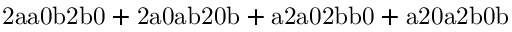
\mathrm { 2 a a 0 b 2 b 0 + 2 a 0 a b 2 0 b + a 2 a 0 2 b b 0 + a 2 0 a 2 b 0 b }